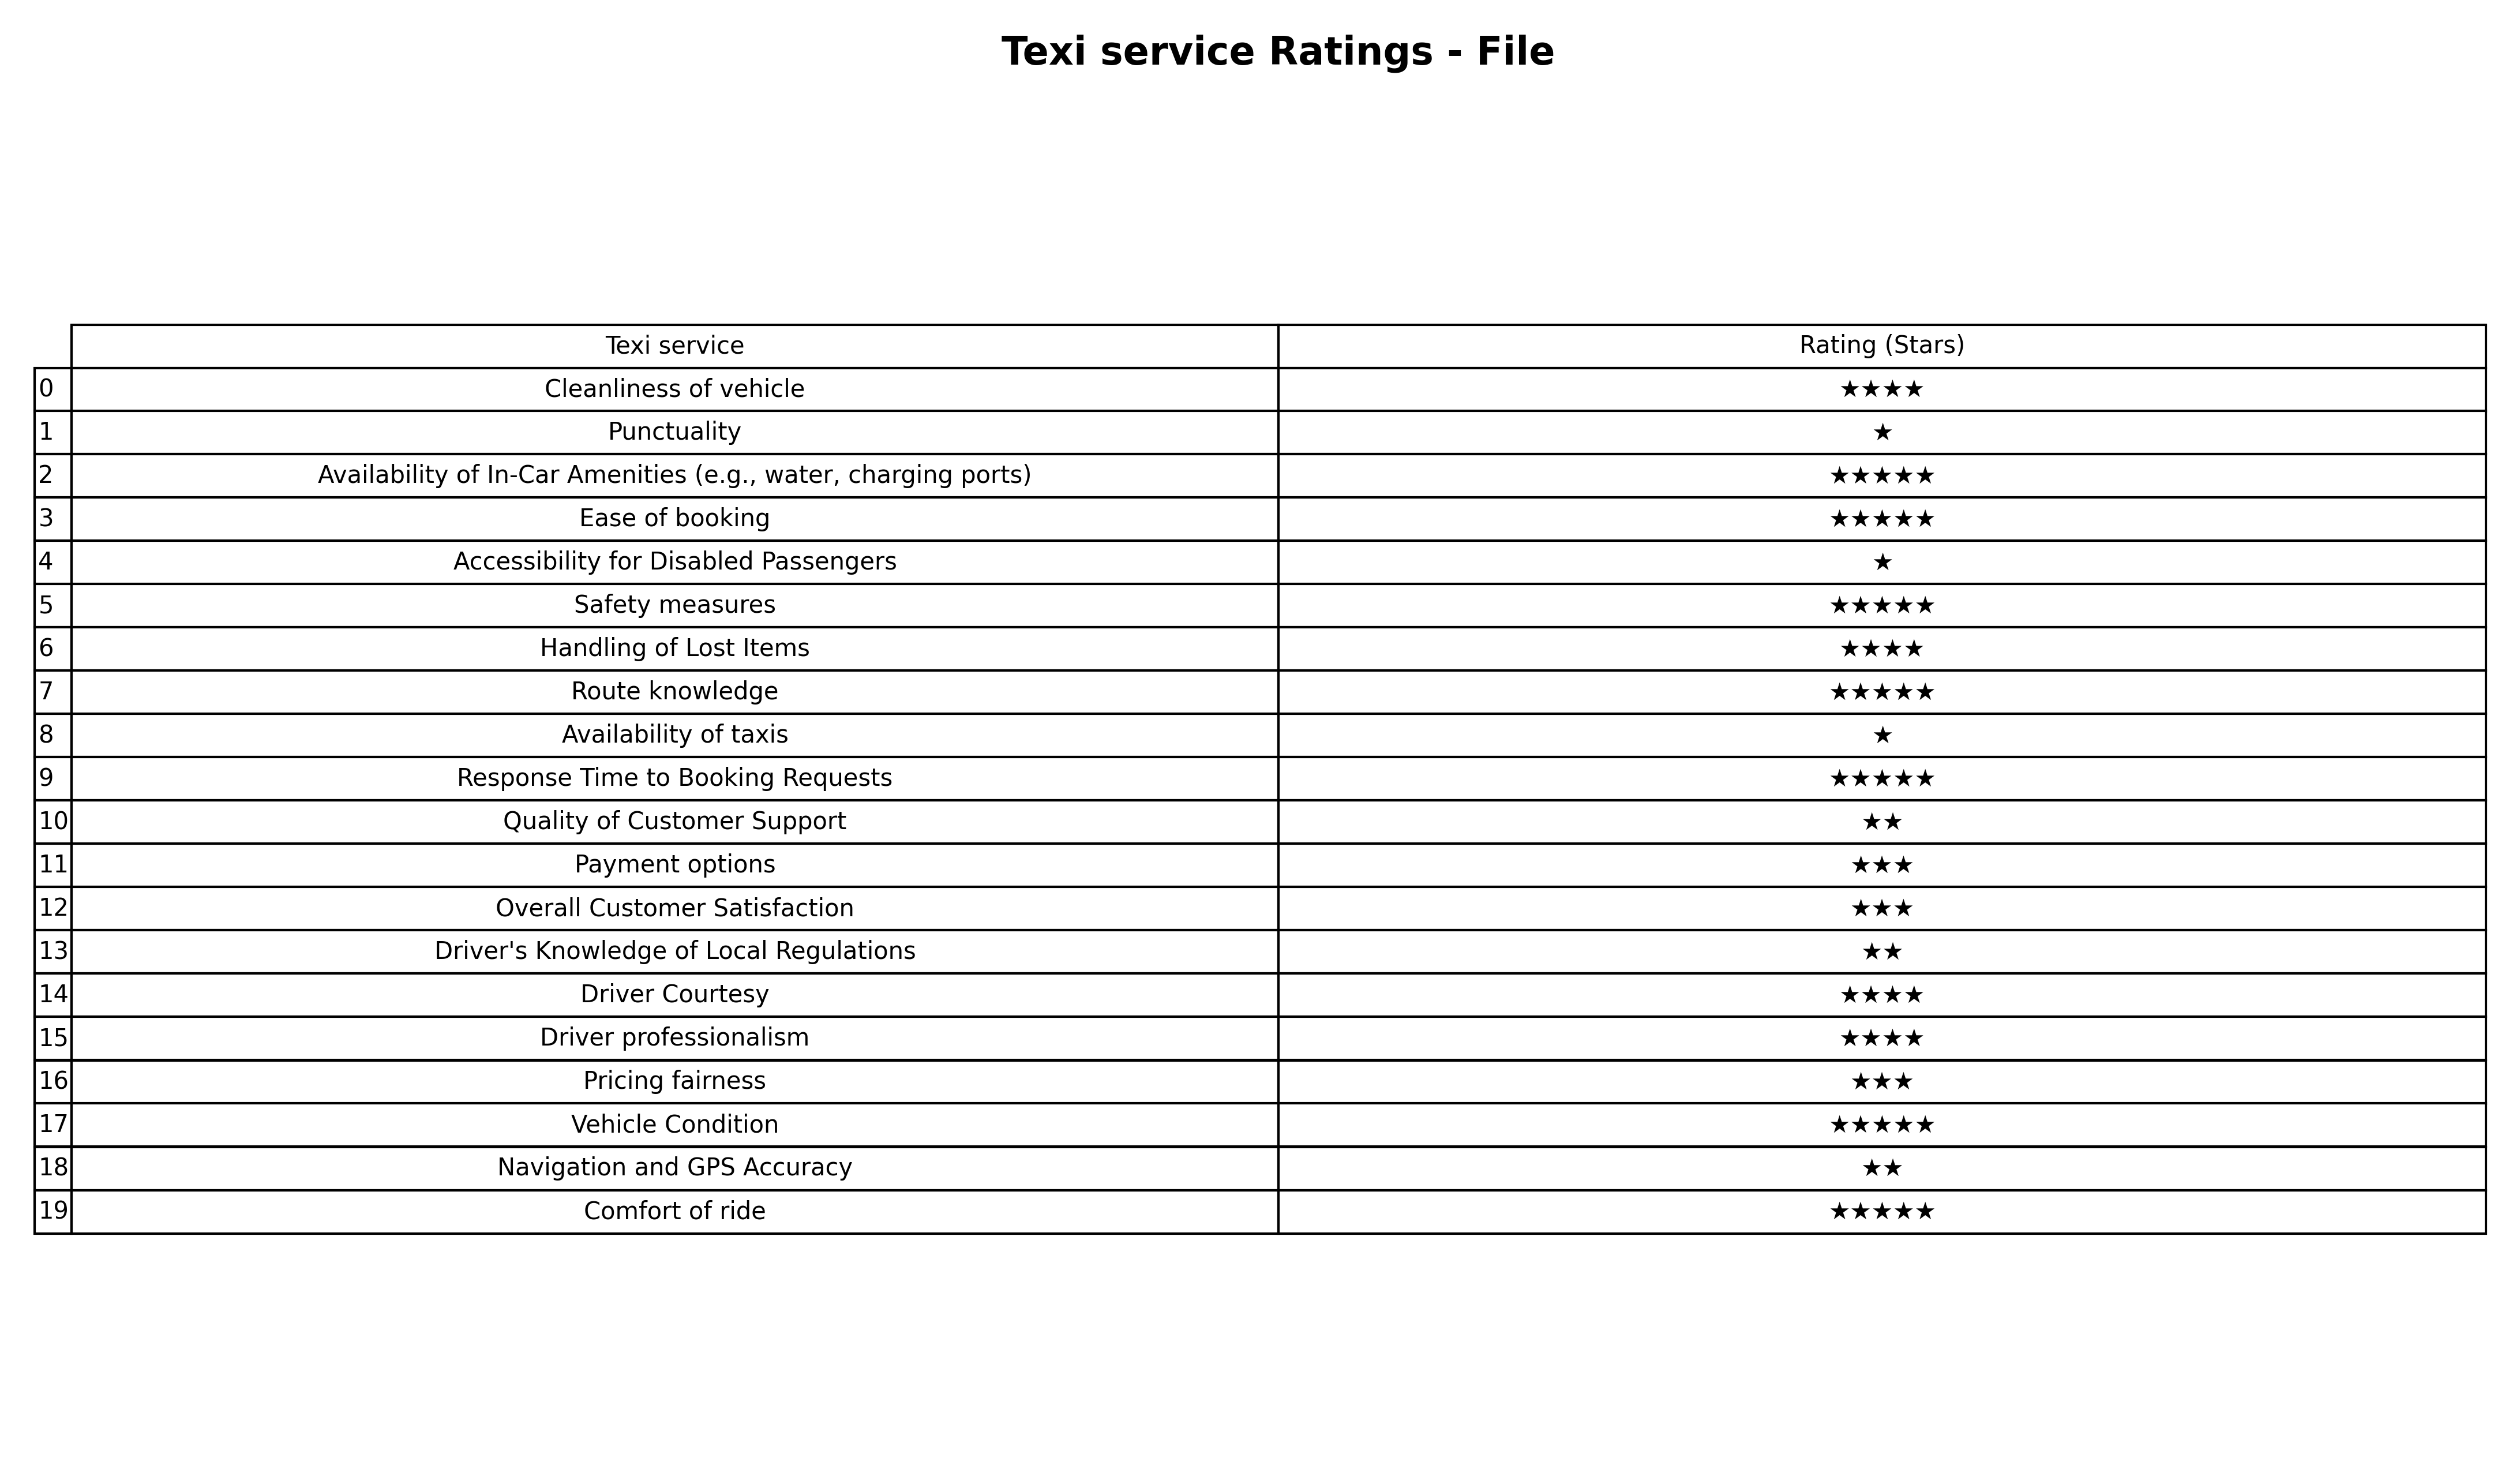
question: What are highest rating services?
answer: Availability of In-Car Amenities (e.g., water, charging ports)Ease of bookingSafety measuresRoute knowledgeResponse Time to Booking RequestsVehicle ConditionComfort of ride